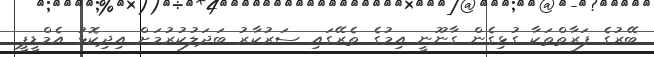
ބޭރުގެ ފަރާތްތަކާ ގުޅިގެން ގާނޫނީ އިމުގެ ތެރޭގައި ސަރުކާރު ބަދަލުކުރުމަށް އިދިކޮޅު އެމްޑީޕީ